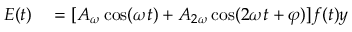
\begin{array} { r l } { \boldsymbol { E } ( t ) } & { { } = [ A _ { { \omega } } \cos ( { \omega } t ) + A _ { 2 { \omega } } \cos ( 2 { \omega } t + \varphi ) ] f ( t ) \boldsymbol { { y } } } \end{array}